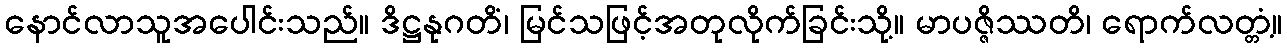
နောင်လာသူအပေါင်းသည်။ ဒိဋ္ဌနုဂတိံ၊ မြင်သဖြင့်အတုလိုက်ခြင်းသို့။ မာပဇ္ဇိဿတိ၊ ရောက်လတ္တံ့။